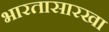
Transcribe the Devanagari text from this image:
भारतासारखा